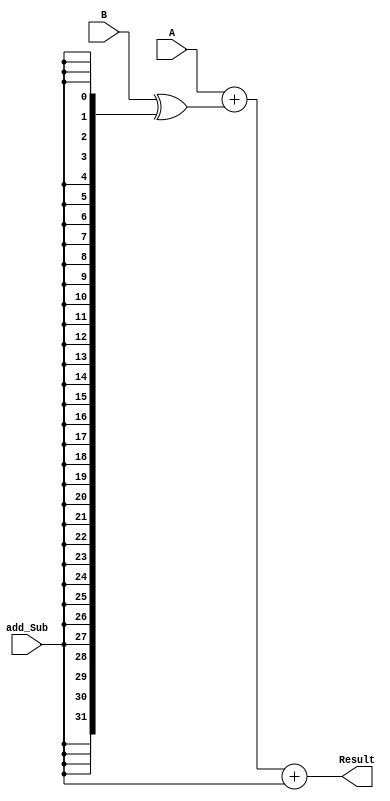
module Adder_Subtractor(Result,A,B,add_Sub);
	
	input add_Sub;
	input [31:0] A,B;
	
	output [31:0] Result;
	reg Result;
	
	wire [31:0] In_int;
	
	//if add_sub = 1, take 2's complement of B
	assign In_int = B^{add_Sub,add_Sub,add_Sub,add_Sub,add_Sub,add_Sub,add_Sub,add_Sub,
								 add_Sub,add_Sub,add_Sub,add_Sub,add_Sub,add_Sub,add_Sub,add_Sub,
								 add_Sub,add_Sub,add_Sub,add_Sub,add_Sub,add_Sub,add_Sub,add_Sub,
								 add_Sub,add_Sub,add_Sub,add_Sub,add_Sub,add_Sub,add_Sub,add_Sub};
								 
	always @(A or B or In_int or add_Sub)
	begin
			Result = A + In_int + add_Sub ;
	end

endmodule